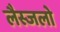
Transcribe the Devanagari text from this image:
लैस्जलो